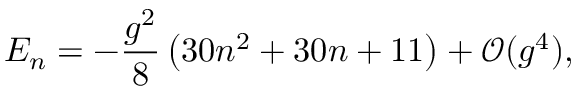
E _ { n } = - \frac { g ^ { 2 } } { 8 } \left( 3 0 n ^ { 2 } + 3 0 n + 1 1 \right) + \mathcal { O } ( g ^ { 4 } ) ,